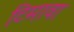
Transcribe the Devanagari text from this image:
टिमावा